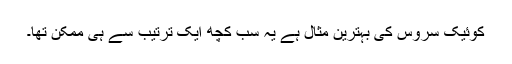
کوئیک سروس کی بہترین مثال ہے یہ سب کچھ ایک ترتیب سے ہی ممکن تھا۔